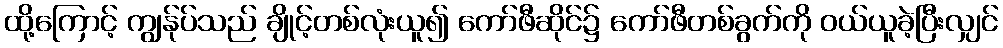
ထို့ကြောင့် ကျွန်ုပ်သည် ချိုင့်တစ်လုံးယူ၍ ကော်ဖီဆိုင်၌ ကော်ဖီတစ်ခွက်ကို ဝယ်ယူခဲ့ပြီးလျှင်